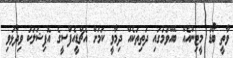
ވާތީ ބޯޑު މީޓިންއެއް ބޭއްވުމުގައި ދަތިތަކެއް ދިމާވީ ކަމަށް އެޗްޑީއެފްސީގެ އޮފިޝަލަކު ވިދާޅުވި